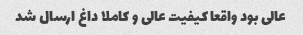
عالی بود واقعا کیفیت عالی و کاملا داغ ارسال شد